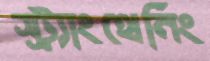
স্ট্র্যাংথেনিং